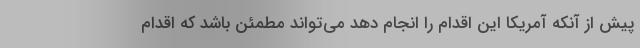
پیش از آنکه آمریکا این اقدام را انجام دهد می‌تواند مطمئن باشد که اقدام